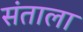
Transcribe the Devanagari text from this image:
संताला